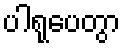
ပါရုပေတွာ